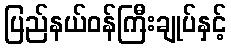
ပြည်နယ်ဝန်ကြီးချုပ်နှင့်